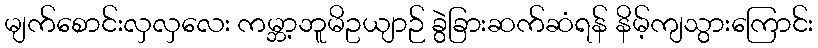
မျက်စောင်းလှလှလေး ကမ္ဘာ့ဘူမိဥယျာဉ် ခွဲခြားဆက်ဆံရန် နိမ့်ကျသွားကြောင်း